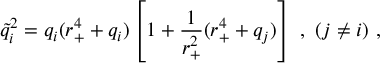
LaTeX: { \tilde { q } } _ { i } ^ { 2 } = q _ { i } ( r _ { + } ^ { 4 } + q _ { i } ) \left[ 1 + { \frac { 1 } { r _ { + } ^ { 2 } } } ( r _ { + } ^ { 4 } + q _ { j } ) \right] \ , \ ( j \ne i ) \ ,